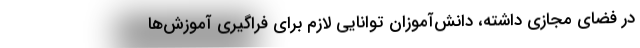
در فضای مجازی داشته، دانش‌آموزان توانایی لازم برای فراگیری آموزش‌ها